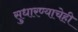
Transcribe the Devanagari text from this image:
सुधारण्याचेही